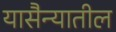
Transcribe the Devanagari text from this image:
यासैन्यातील